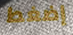
إضغط